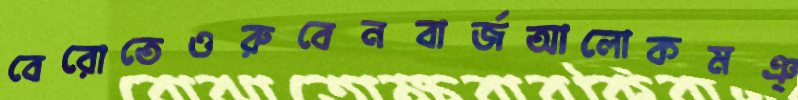
বেরোতেওরুবেনবার্জআলোকমঞ্